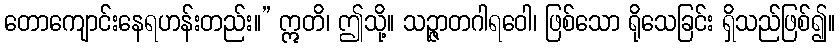
တောကျောင်းနေရဟန်းတည်း။” ဣတိ၊ ဤသို့။ သဉ္ဇာတဂါရဝေါ၊ ဖြစ်သော ရိုသေခြင်း ရှိသည်ဖြစ်၍။